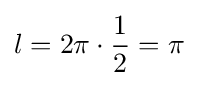
l=2\pi \cdot {\frac {1}{2}}=\pi